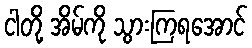
ငါတို့ အိမ်ကို သွားကြရအောင်